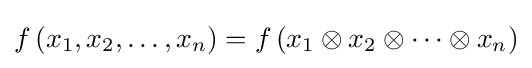
f\left(x_{1},x_{2},\ldots ,x_{n}\right)=f\left(x_{1}\otimes x_{2}\otimes \cdots \otimes x_{n}\right)